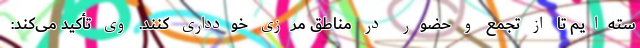
سته‌ایم تا از تجمع و حضور در مناطق مرزی خودداری کنند. وی تأکید می‌کند: